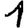
Digit: 1